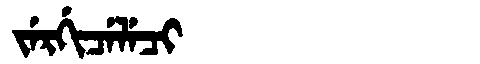
Manchu: ᠵᡝᡵᡤᡳᠴᡝᠯᡝᠴᡳ
Romanization: JERGICELECI